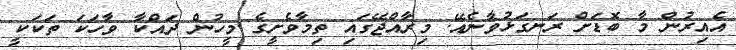
އެއިރުން މާ ބޮޑަށް ރަނގަޅުވާނެއޭ. މިރާއްޖޭގައި ތިމާވެށީގެ މީހުން ދައްކާ ވާހަކަ ތަކަކީ